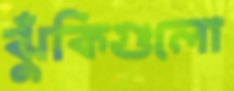
ঝুঁকিগুলো